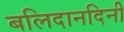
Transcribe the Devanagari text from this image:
बलिदानदिनी